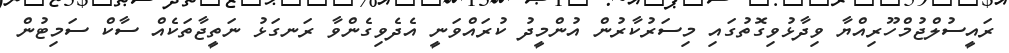
ރައީސުލްޖުމްހޫރިއްޔާ ވިދާޅުވިގޮތުގައި މިސަރުކާރުން އުންމީދު ކުރައްވަނީ އެދެވިގެންވާ ރަނގަޅު ނަތީޖާތަކެއް ސާކް ސަމިޓުން